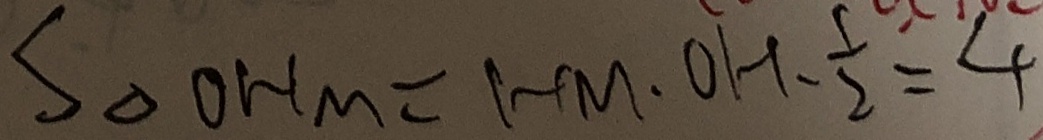
S _ { \Delta O H M } = H M \cdot O H - \frac { 1 } { 2 } = 4